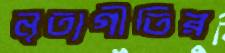
নৃত্যগীতির